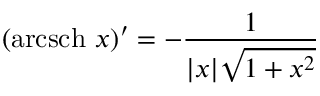
( \operatorname { a r c s c h } \, x ) ^ { \prime } = - { \frac { 1 } { | x | { \sqrt { 1 + x ^ { 2 } } } } }